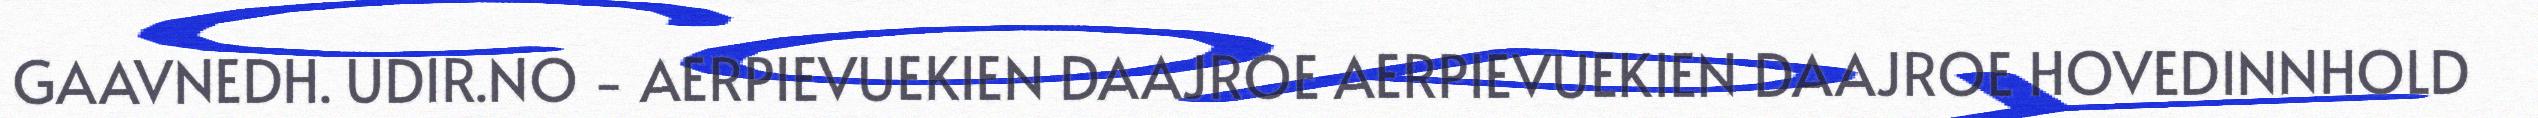
GAAVNEDH. UDIR.NO - AERPIEVUEKIEN DAAJROE AERPIEVUEKIEN DAAJROE HOVEDINNHOLD